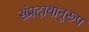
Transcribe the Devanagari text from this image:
संप्रदायानुरूप